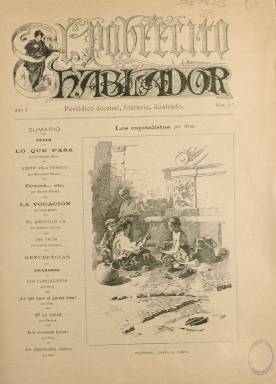
Título: El Pobrecito hablador
Colección: Revistas de información general
Ámbito geográfico: Madrid
Lugar de publicación: Madrid
Fechas: 01/03/1890-21/04/1890

Se le atribuye la fundación y dirección de este “periódico decenal, literario, ilustrado” –tal como indica su subtítulo–, a dos entonces jóvenes poetas y comediógrafos sevillanos recién llegados a Madrid: Serafín (1871-1938) y Joaquín Álvarez Quintero (1873-1944). De carácter festivo y humorístico, su título –en un estilizado grabado– fue un homenaje a uno de los periódicos más emblemáticos que José María de Larra (1809-1837) sacara a la luz entre 1832 y 1833.

Aparecía los días uno, once y veintiuno de cada mes, a partir del primero de marzo de 1890, en entregas de ocho páginas, compuestas a dos columnas y estampadas en la madrileña Imprenta de Enrique Rubiños, con una primera página ilustrada y con el sumario de sus contenidos, que divide en dos partes: textos y grabados, y así lo estuvo haciendo hasta el 21 de abril de ese mismo año, en que cesó, por lo que fue de muy corta vida, ya que tiró sólo seis entregas, que suman 48 páginas.

Sus textos son tanto en prosa como en verso, y entre sus firmantes destaca Antonio Sánchez Pérez (1838-1912), al que por entonces se le denominaba familiarmente, “por viejos y jóvenes” literatos, como el Maestro, quien será el autor de una especie de crónica de costumbres y sobre la vida social y literaria bajo el epígrafe Lo que pasa, que abre cada entrega.

Entre sus firmas aparecen las de Manuel de Palacio, Eduardo de Palacio, Manuel Matoses, Juan Maillo, Luis de Ansorena, Eduardo Bustillo, Luis Montoto, Rafael Torromé, José María Gutiérrez de Alba, Federico Urrecha, Carlos Frontaura, Luis Taboada, José Estrañí o José Zahonero, además de los seudónimos Clarín (Leopoldo Alas), Fray Candil y Micrófilo.

Sus páginas están bellamente ilustradas con escenas de costumbres y tipos populares (a veces ocupando la plana completa) y breves historietas y chistes gráficos, cuyos dibujos son firmados por Gros, Cilla, Huertas, Polanco, Mecachis, Pellicer o J. Araujo.

Al final tiene una breve sección bajo el epígrafe Menudencias y la última plana la ocupan los anuncios comerciales.